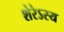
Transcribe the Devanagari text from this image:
शेरेऽस्य